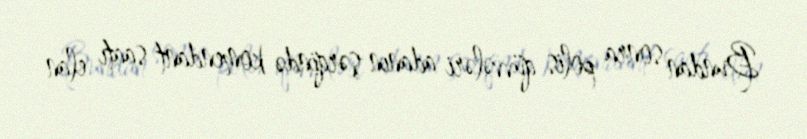
Bundan sonra polis qüvvələri adanın şərqində komendant saatı elan